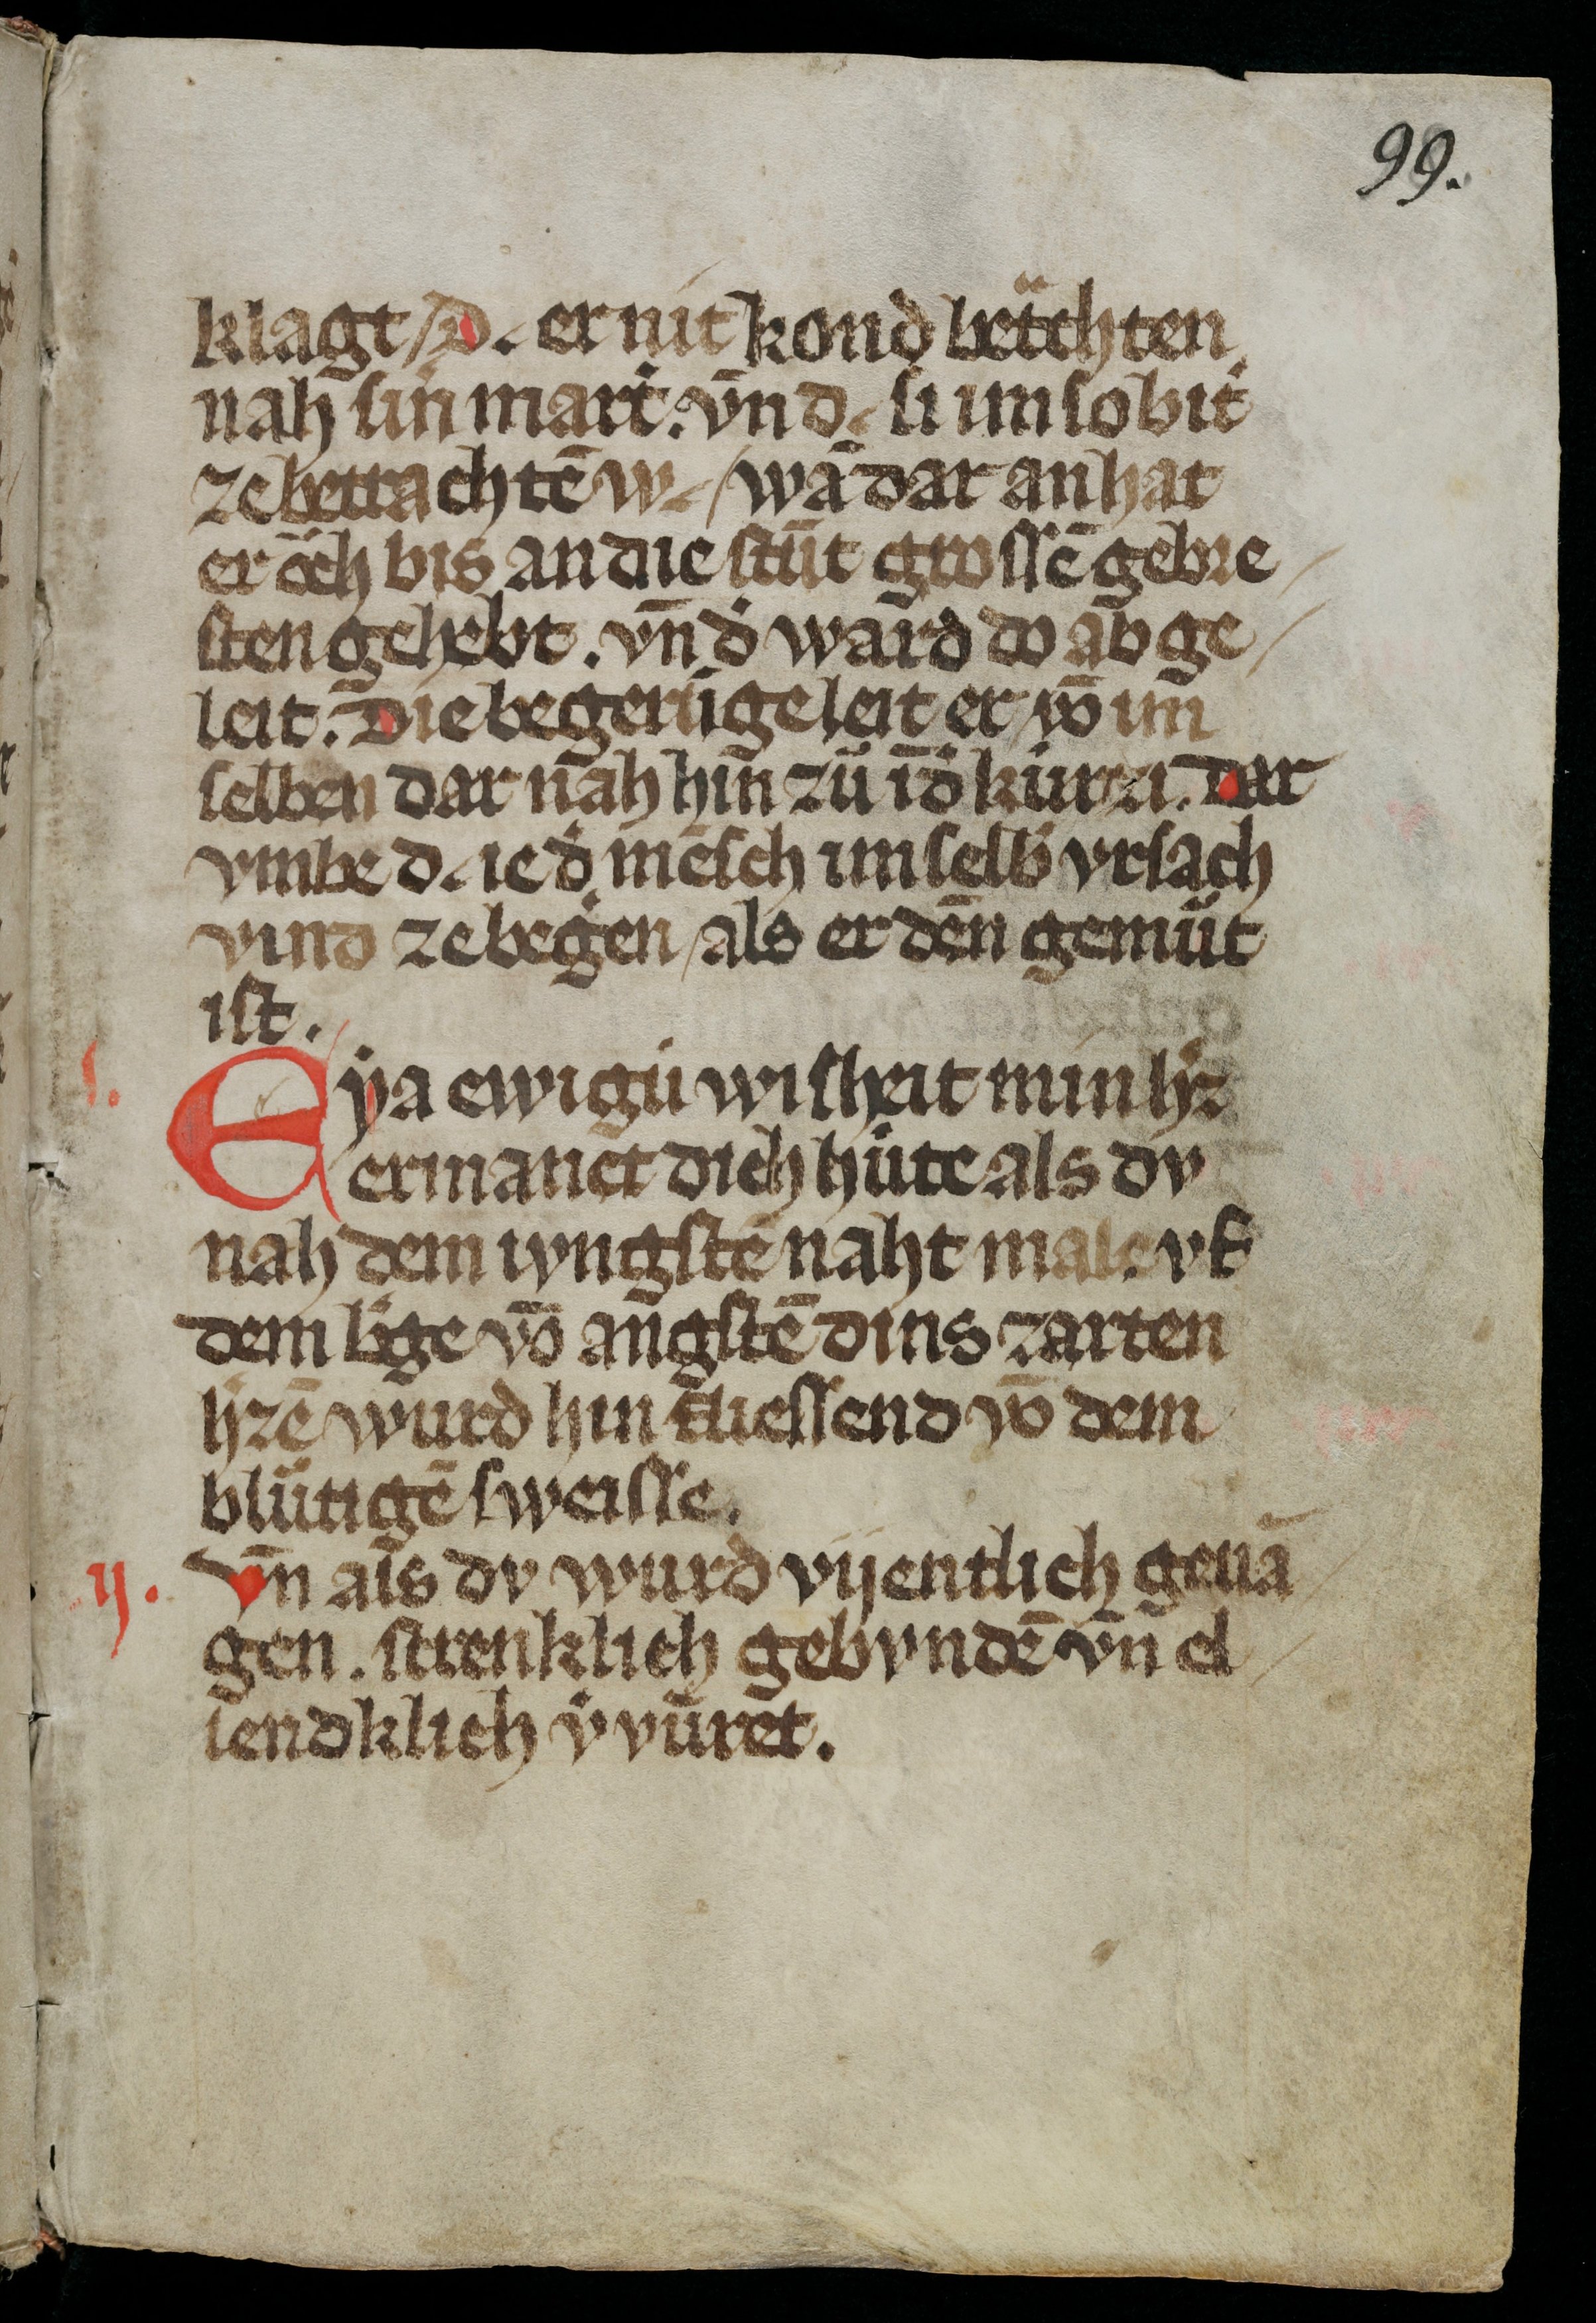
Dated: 1300–1399